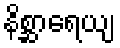
နိစ္ဆာရေယျ